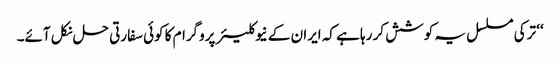
‘‘ ترکی مسلسل یہ کوشش کر رہا ہے کہ ایران کے نیوکلیئر پروگرام کا کوئی سفارتی حل نکل آئے۔